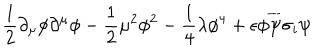
\frac { 1 } { 2 } \partial _ { \mu } \phi \partial ^ { \mu } \phi - \frac { 1 } { 2 } \mu ^ { 2 } \phi ^ { 2 } - \frac { 1 } { 4 } \lambda \phi ^ { 4 } + \epsilon \phi \overline { { { \psi } } } \sigma _ { i } \psi